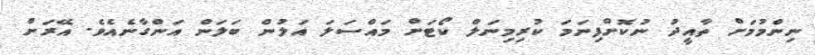
ނިންމުމަށް ތާއީދު ނުކޮށްފިނަމަ ކުރިމިނަލް ކޯޓަށް މައްސަލަ އަލުން ބަލަން އަންގާނެއެވެ. އޭރަށް